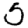
Digit: 5